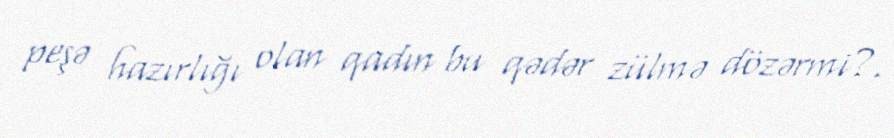
peşə hazırlığı olan qadın bu qədər zülmə dözərmi?.